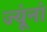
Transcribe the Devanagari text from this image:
ज्यूंनां